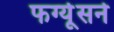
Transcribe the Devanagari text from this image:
फर्ग्यूसने